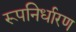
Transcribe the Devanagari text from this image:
रूपनिर्धारण